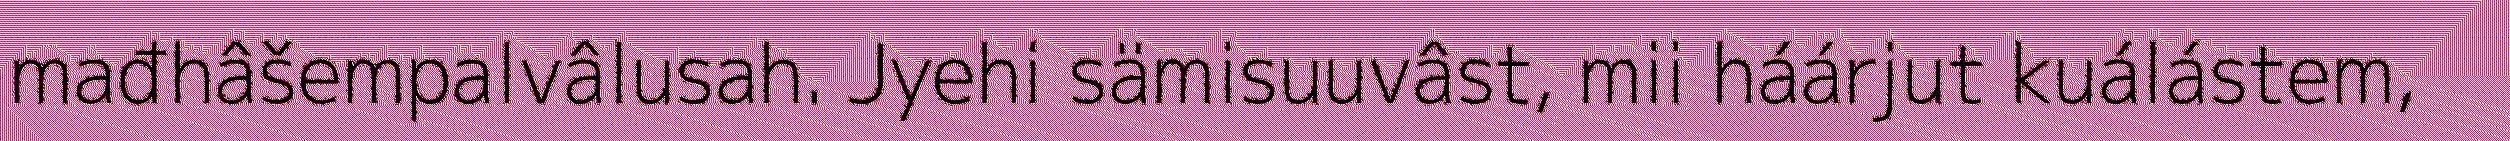
mađhâšempalvâlusah. Jyehi sämisuuvâst, mii háárjut kuálástem,